Vaccination Hyderabad 1872-1889 - 1872-1889
Year: 1872
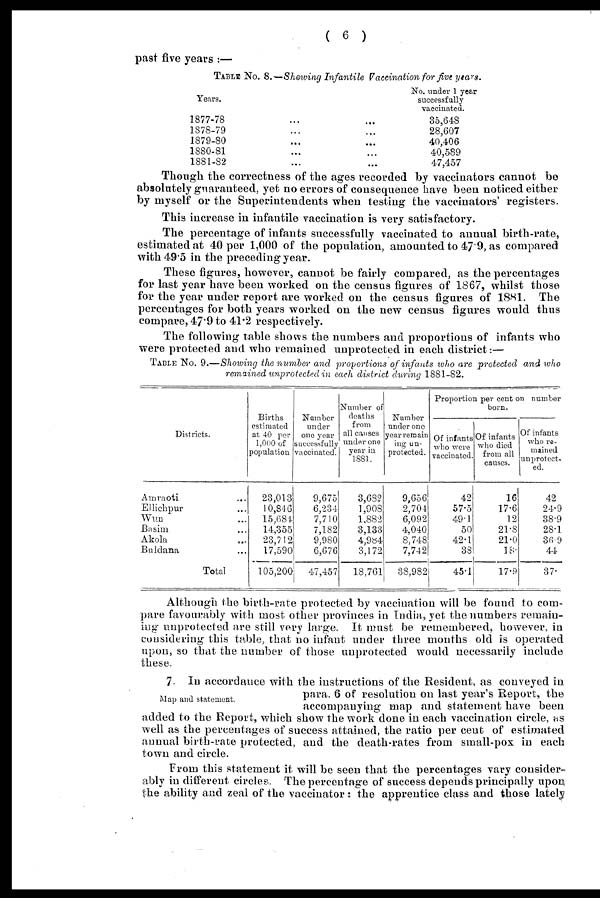
( 6 )
past five years :—
TABLE NO. 8.—Showing Infantile Vaccination for five years.
Years.
1877-78 ... ...
1878-79 ... ...
1879-80 ... ...
1880-81 ... ...
1881-82 ... ...
No. under 1 year
successfully
vaccinated.
35,648
28,607
40,406
40,589
47,457
Though the correctness of the ages recorded by vaccinators cannot be
absolutely guaranteed, yet no errors of consequence have been noticed either
by myself or the Superintendents when testing the vaccinators' registers.
This increase in infantile vaccination is very satisfactory.
The percentage of infants successfully vaccinated to annual birth-rate,
estimated at 40 per 1,000 of the population, amounted to 47.9, as compared
with 49.5 in the preceding year.
These figures, however, cannot be fairly compared, as the percentages
for last year have been worked on the census figures of 1867, whilst those
for the year under report are worked on the census figures of 1881. The
percentages for both years worked on the new census figures would thus
compare, 47.9 to 41.2 respectively.
The following table shows the numbers and proportions of infants who
were protected and who remained unprotected in each district:—
TABLE NO. 9.—Showing the number and proportions of infants who are protected and who
remained unprotected in each district during 1881-82.
Districts.
Amraoti ...
Ellichpur ...
Wun ...
Basim ...
Akola ...
Buldana ...
Total
Births
estimated
at 40 per
1,000 of
population
23,013
10,846
15,684
14,355
23,712
17,590
105,200
Number
under
one year
successfully
vaccinated.
9,675
6,234
7,710
7,182
9,980
6,676
47,457
Number of
deaths
from
all causes
under one
year in
1881.
3,682
1,908
1,882
3,133
4,984
3,172
18,761
Number
under one
year remain
ing un-
protected.
9,656
2,704
6,092
4,040
8,748
7,742
38,982
Proportion per cent on number
born.
Of infants
who were
vaccinated.
42
57.5
49.1
50
42.1
38
45.1
Of infants
who died
from all
causes.
16
17.6
12
21.8
21.0
18.
17.9
Of infants
who re-
mained
unprotect¬
ed.
42
24.9
38.9
28.1
36.9
44
37.
Although the birth-rate protected by vaccination will be found to com-
pare favourably with most other provinces in India, yet the numbers remain-
ing unprotected are still very large. It must be remembered, however, in
considering this table, that no infant under three months old is operated
upon, so that the number of those unprotected would necessarily include
these.
Map and statement.
7. In accordance with the instructions of the Resident, as conveyed in
para. 6 of resolution on last year's Report, the
accompanying map and statement have been
added to the Report, which show the work done in each vaccination circle, as
well as the percentages of success attained, the ratio per cent of estimated
annual birth-rate protected, and the death-rates from small-pox in each
town and circle.
From this statement it will be seen that the percentages vary consider-
ably in different circles. The percentage of success depends principally upon
the ability and zeal of the vaccinator: the apprentice class and those lately